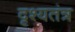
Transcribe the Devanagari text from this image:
दृश्यतंत्र